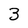
Character: 3